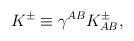
LaTeX: \begin{align*}K^{\pm} \equiv \gamma^{AB}K^{\pm}_{AB}, \end{align*}